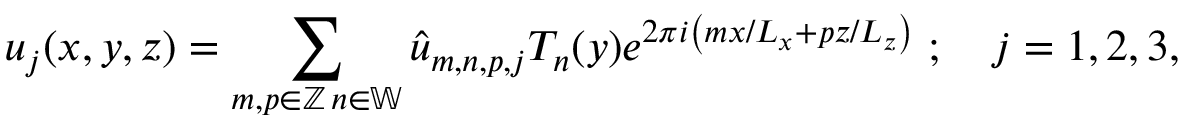
u _ { j } ( x , y , z ) = \sum _ { \substack { m , p \in \mathbb { Z } \, n \in \mathbb { W } } } \hat { u } _ { m , n , p , j } T _ { n } ( y ) e ^ { 2 \pi i \left( { m x } / { L _ { x } } + { p z } / { L _ { z } } \right) } \; ; \quad j = 1 , 2 , 3 ,